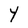
Character: Y